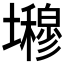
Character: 𭐇